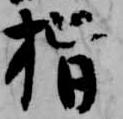
指